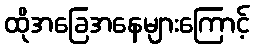
ထိုအခြေအနေများကြောင့်